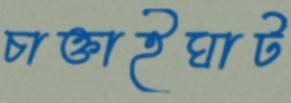
চাক্তাইঘাট